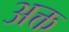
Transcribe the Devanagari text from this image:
अक्त